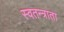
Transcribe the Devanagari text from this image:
स्वतन्त्राता